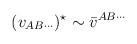
LaTeX: \begin{align*}(v_{AB\cdots})^\star \sim \bar v^{AB\cdots}\end{align*}